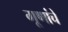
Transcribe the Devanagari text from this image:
गूणांचे